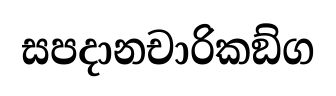
සපදානචාරිකඞ්ග